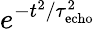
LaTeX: e^{-t^{2}/\tau_{\mathrm{echo}}^{2}}